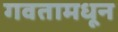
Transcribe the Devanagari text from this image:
गवतामधून